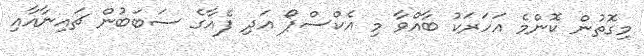
މިގޮތުން ކޮންމެ އަހަރަކު ބާއްވާ މި އެކްސްޕޯ އަދި ފެއާގެ ސަބަބުން ޗައިނާއާއި